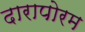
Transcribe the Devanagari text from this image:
दारापोरम